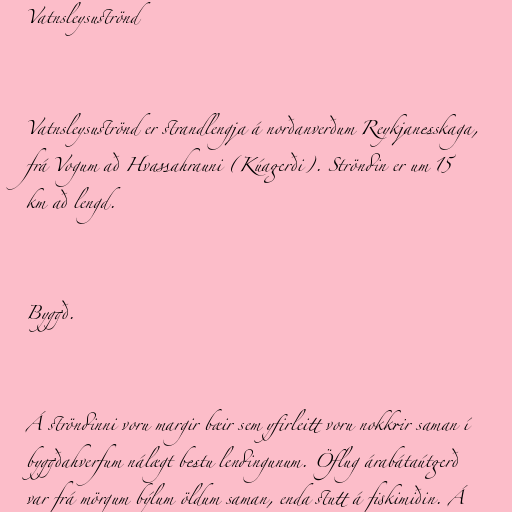
Vatnsleysuströnd

Vatnsleysuströnd er strandlengja á norðanverðum Reykjanesskaga,
frá Vogum að Hvassahrauni (Kúagerði). Ströndin er um 15
km að lengd.

Byggð.

Á ströndinni voru margir bæir sem yfirleitt voru nokkrir saman í
byggðahverfum nálægt bestu lendingunum. Öflug árabátaútgerð
var frá mörgum býlum öldum saman, enda stutt á fiskimiðin. Á